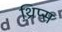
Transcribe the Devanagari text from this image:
थ्रिप्‍स